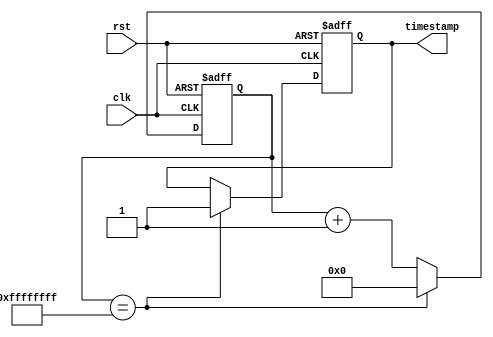
module timing_control_and_sync (
    input wire clk,   // clock signal
    input wire rst,   // reset signal
    output reg timestamp // timestamp output
);

reg [31:0] counter; // 32-bit counter for timing control

always @(posedge clk or posedge rst) begin
    if (rst) begin
        counter <= 32'h0; // reset counter
        timestamp <= 1'b0; // reset timestamp
    end else begin
        counter <= counter + 1; // increment counter
        if (counter == 32'hFFFFFFFF) begin // check for specific interval
            timestamp <= 1'b1; // trigger timestamp
            counter <= 32'h0; // reset counter
        end
    end
end

endmodule